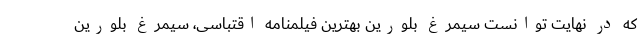
که در نهایت توانست سیمرغ بلورین بهترین فیلمنامه اقتباسی، سیمرغ بلورین